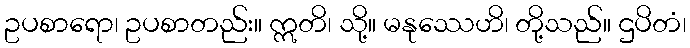
ဥပစာရော၊ ဥပစာတည်း။ ဣတိ၊ သို့။ မနုဿေဟိ၊ တို့သည်။ ဌပိတံ၊